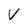
Character: V